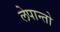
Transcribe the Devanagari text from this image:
लेपान्तो